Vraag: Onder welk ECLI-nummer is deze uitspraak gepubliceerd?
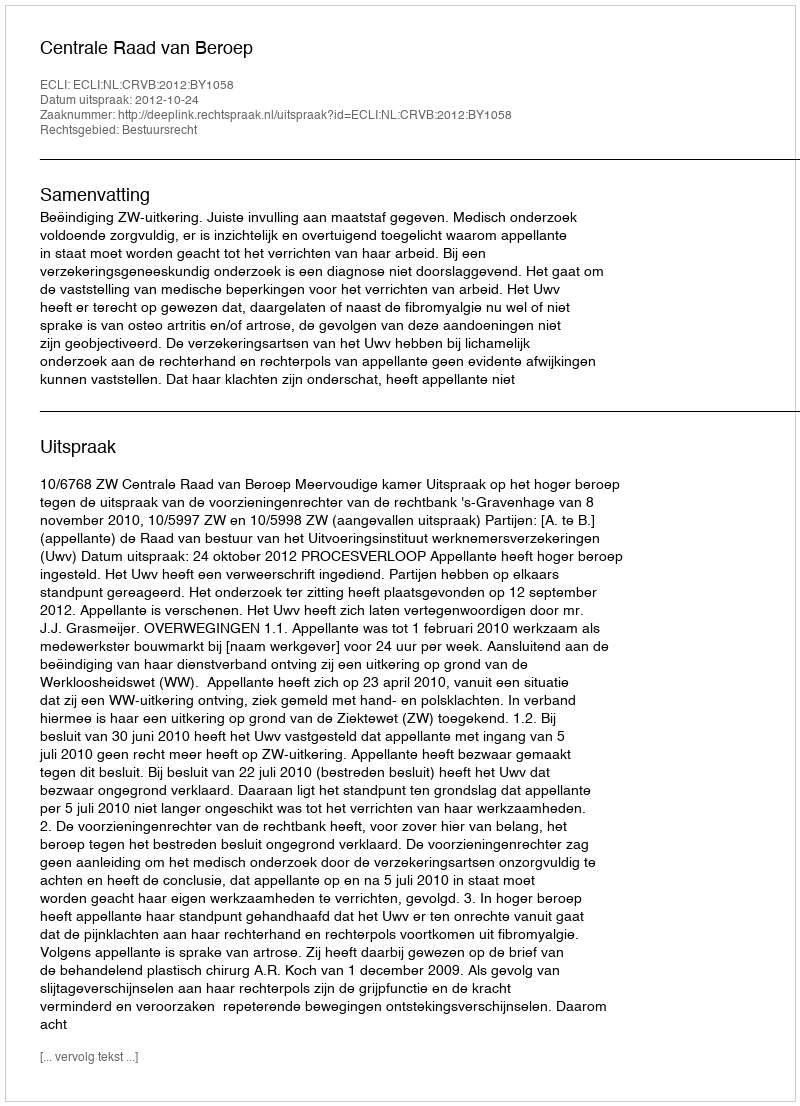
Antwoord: ECLI:NL:CRVB:2012:BY1058